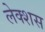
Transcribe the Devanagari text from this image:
लेक्शस